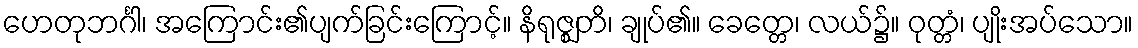
ဟေတုဘင်္ဂါ၊ အကြောင်း၏ပျက်ခြင်းကြောင့်။ နိရုဇ္ဈတိ၊ ချုပ်၏။ ခေတ္တေ၊ လယ်၌။ ဝုတ္တံ၊ ပျိုးအပ်သော။